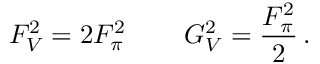
F _ { V } ^ { 2 } = 2 F _ { \pi } ^ { 2 } \, \qquad G _ { V } ^ { 2 } = { \frac { F _ { \pi } ^ { 2 } } { 2 } } \, .